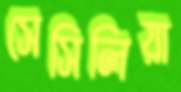
সেসিলিয়া